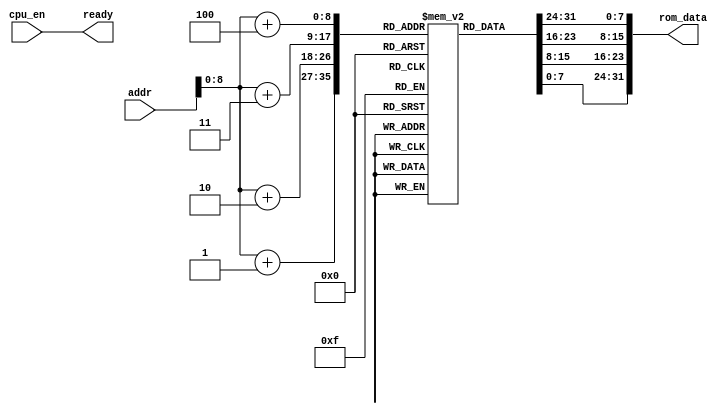
module rom(
input [31:0] addr,
input cpu_en,
output ready,
output [31:0] rom_data
);
reg [7:0] rom [256:1];

reg [10:0] i;

assign ready=cpu_en;



initial
begin
for(i=1;i<257;i=i+1)
rom[i]=0;

rom[1]=8'h13;
rom[2]=8'h01;
rom[3]=8'h10;
rom[4]=8'h00;

rom[1+4]=8'h93;
rom[2+4]=8'h01;
rom[3+4]=8'h10;
rom[4+4]=8'h00;

rom[1+8]=8'h13;
rom[2+8]=8'h02;
rom[3+8]=8'h10;
rom[4+8]=8'h00;

rom[1+12]=8'h93;
rom[2+12]=8'h00;
rom[3+12]=8'h00;
rom[4+12]=8'h00;

rom[1+16]=8'h93;
rom[2+16]=8'h02;
rom[3+16]=8'ha0;
rom[4+16]=8'h00;

rom[1+20]=8'h33;
rom[2+20]=8'h02;
rom[3+20]=8'h31;
rom[4+20]=8'h00;

rom[1+24]=8'h13;
rom[2+24]=8'h81;
rom[3+24]=8'h01;
rom[4+24]=8'h00;

rom[1+28]=8'h33;
rom[2+28]=8'h00;
rom[3+28]=8'h00;
rom[4+28]=8'h00;

rom[1+32]=8'h33;
rom[2+32]=8'h00;
rom[3+32]=8'h00;
rom[4+32]=8'h00;

rom[1+36]=8'h93;
rom[2+36]=8'h01;
rom[3+36]=8'h02;
rom[4+36]=8'h00;

rom[1+40]=8'h93;
rom[2+40]=8'h80;
rom[3+40]=8'h10;
rom[4+40]=8'h00;

rom[1+44]=8'he3;
rom[2+44]=8'hc4;
rom[3+44]=8'h50;
rom[4+44]=8'hfe;

rom[1+48]=8'h33;
rom[2+48]=8'h00;
rom[3+48]=8'h00;
rom[4+48]=8'h00;
end

reg [7:0]	data_p1, data_p2, data_p3, data_p4;
always@(*)
begin

data_p1=rom[addr+1];
data_p2=rom[addr+2];
data_p3=rom[addr+3];
data_p4=rom[addr+4];

end


assign rom_data={data_p4,data_p3,data_p2,data_p1};

endmodule